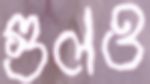
গুলও